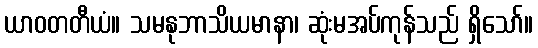
ယာဝတတီယံ။ သမနုဘာသိယမာနာ၊ ဆုံးမအပ်ကုန်သည် ရှိသော်။